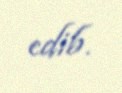
edib.